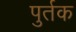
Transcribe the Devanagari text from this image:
पुर्तक